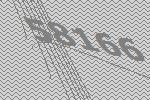
58166